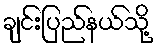
ချင်းပြည်နယ်သို့